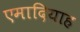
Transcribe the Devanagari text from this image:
एमादियाह